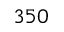
3 5 0